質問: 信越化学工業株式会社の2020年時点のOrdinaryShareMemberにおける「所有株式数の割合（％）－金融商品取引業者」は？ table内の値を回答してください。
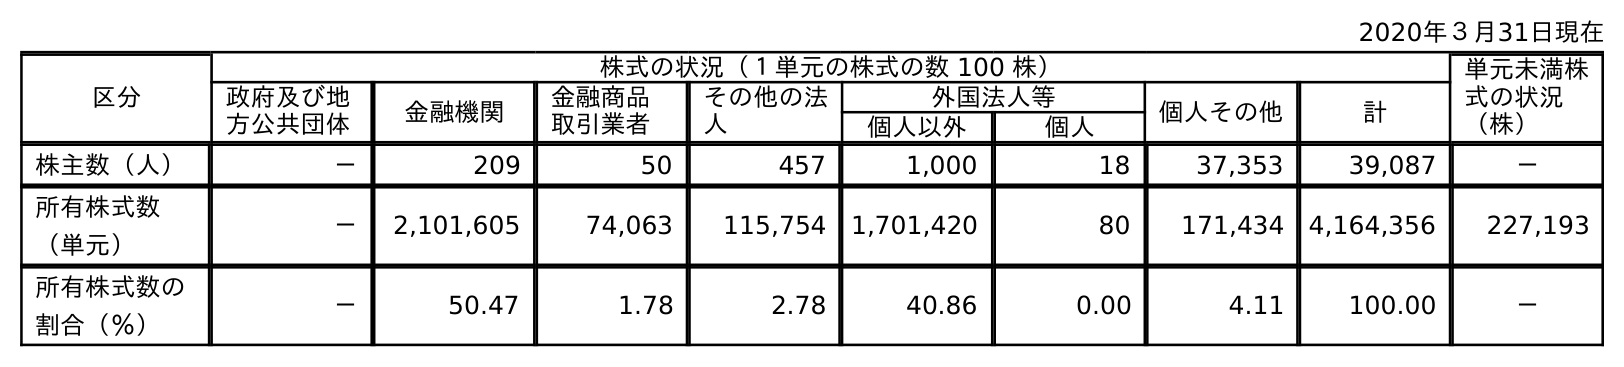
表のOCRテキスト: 2020年３月31日現在 区分 株式の状況（１単元の株式の数 100 株） 単元未満株 式の状況 （株） 政府及び地 方公共団体 金融機関 金融商品 取引業者 その他の法 人 外国法人等 個人その他 計 個人以外 個人 株主数（人） － 209 50 457 1,000 18 37,353 39,087 － 所有株式数 （単元） － 2,101,605 74,063 115,754 1,701,420 80 171,434 4,164,356 227,193 所有株式数の 割合（％） － 50.47 1.78 2.78 40.86 0.00 4.11 100.00 －
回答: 1.78